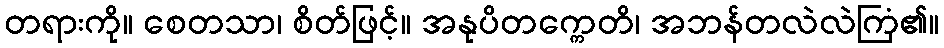
တရားကို။ စေတသာ၊ စိတ်ဖြင့်။ အနုပိတက္ကေတိ၊ အဘန်တလဲလဲကြံ၏။